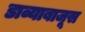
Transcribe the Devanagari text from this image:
डाव्याबाजूस